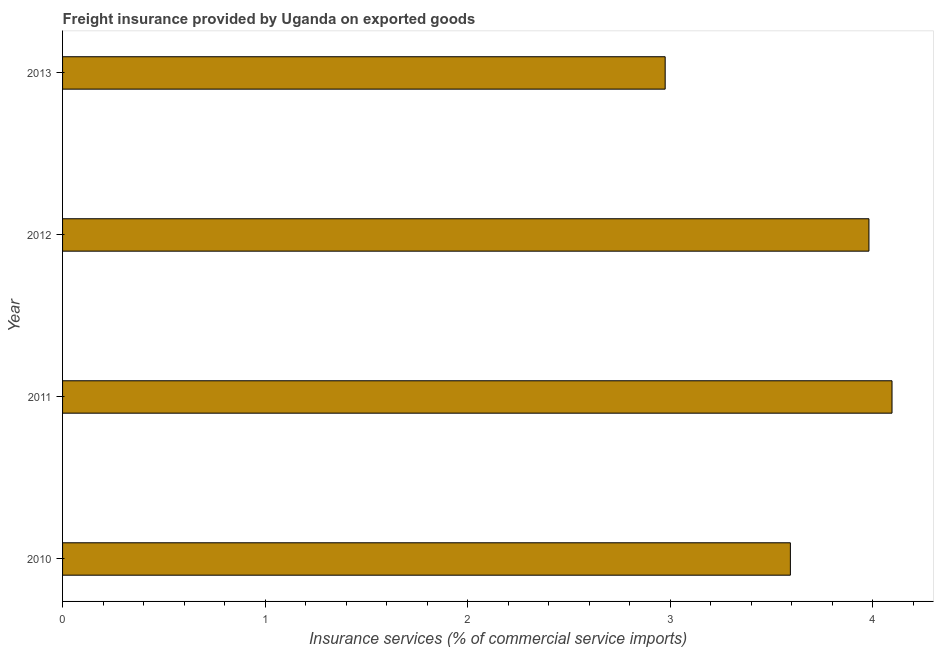
| Year | Insurance and financial services |
 | --- | --- |
 | 2010 | 3.59 |
 | 2011 | 4.1 |
 | 2012 | 3.98 |
 | 2013 | 2.98 |